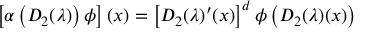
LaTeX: \left[ \alpha \left( D _ { 2 } ( \lambda ) \right) \phi \right] ( x ) = \left[ D _ { 2 } ( \lambda ) ^ { \prime } ( x ) \right] ^ { d } \phi \left( D _ { 2 } ( \lambda ) ( x ) \right)